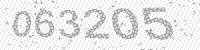
Solution: 063205